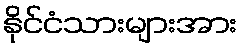
နိုင်ငံသားများအား